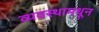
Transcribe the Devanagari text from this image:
व्यवस्थामधून